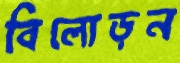
বিলোড়ন